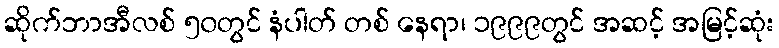
ဆိုက်ဘာအီလစ် ၅၀တွင် နံပါတ် တစ် နေရာ၊ ၁၉၉၉တွင် အဆင့် အမြင့်ဆုံး